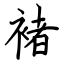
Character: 褚